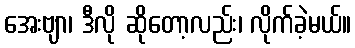
အေးဗျာ၊ ဒီလို ဆိုတော့လည်း၊ လိုက်ခဲ့မယ်။